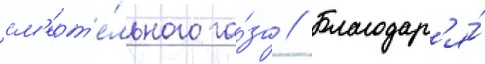
см'ерт'е́льного га́за // Благодар'я́